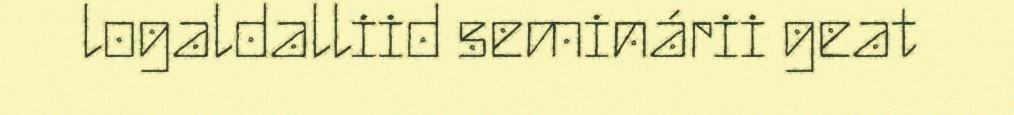
logaldalliid seminárii geat